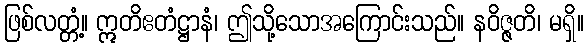
ဖြစ်လတ္တံ့။ ဣတိဧတံဋ္ဌာနံ၊ ဤသို့သောအကြောင်းသည်။ နဝိဇ္ဇတိ၊ မရှိ။